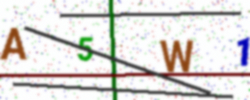
Text: A5W1